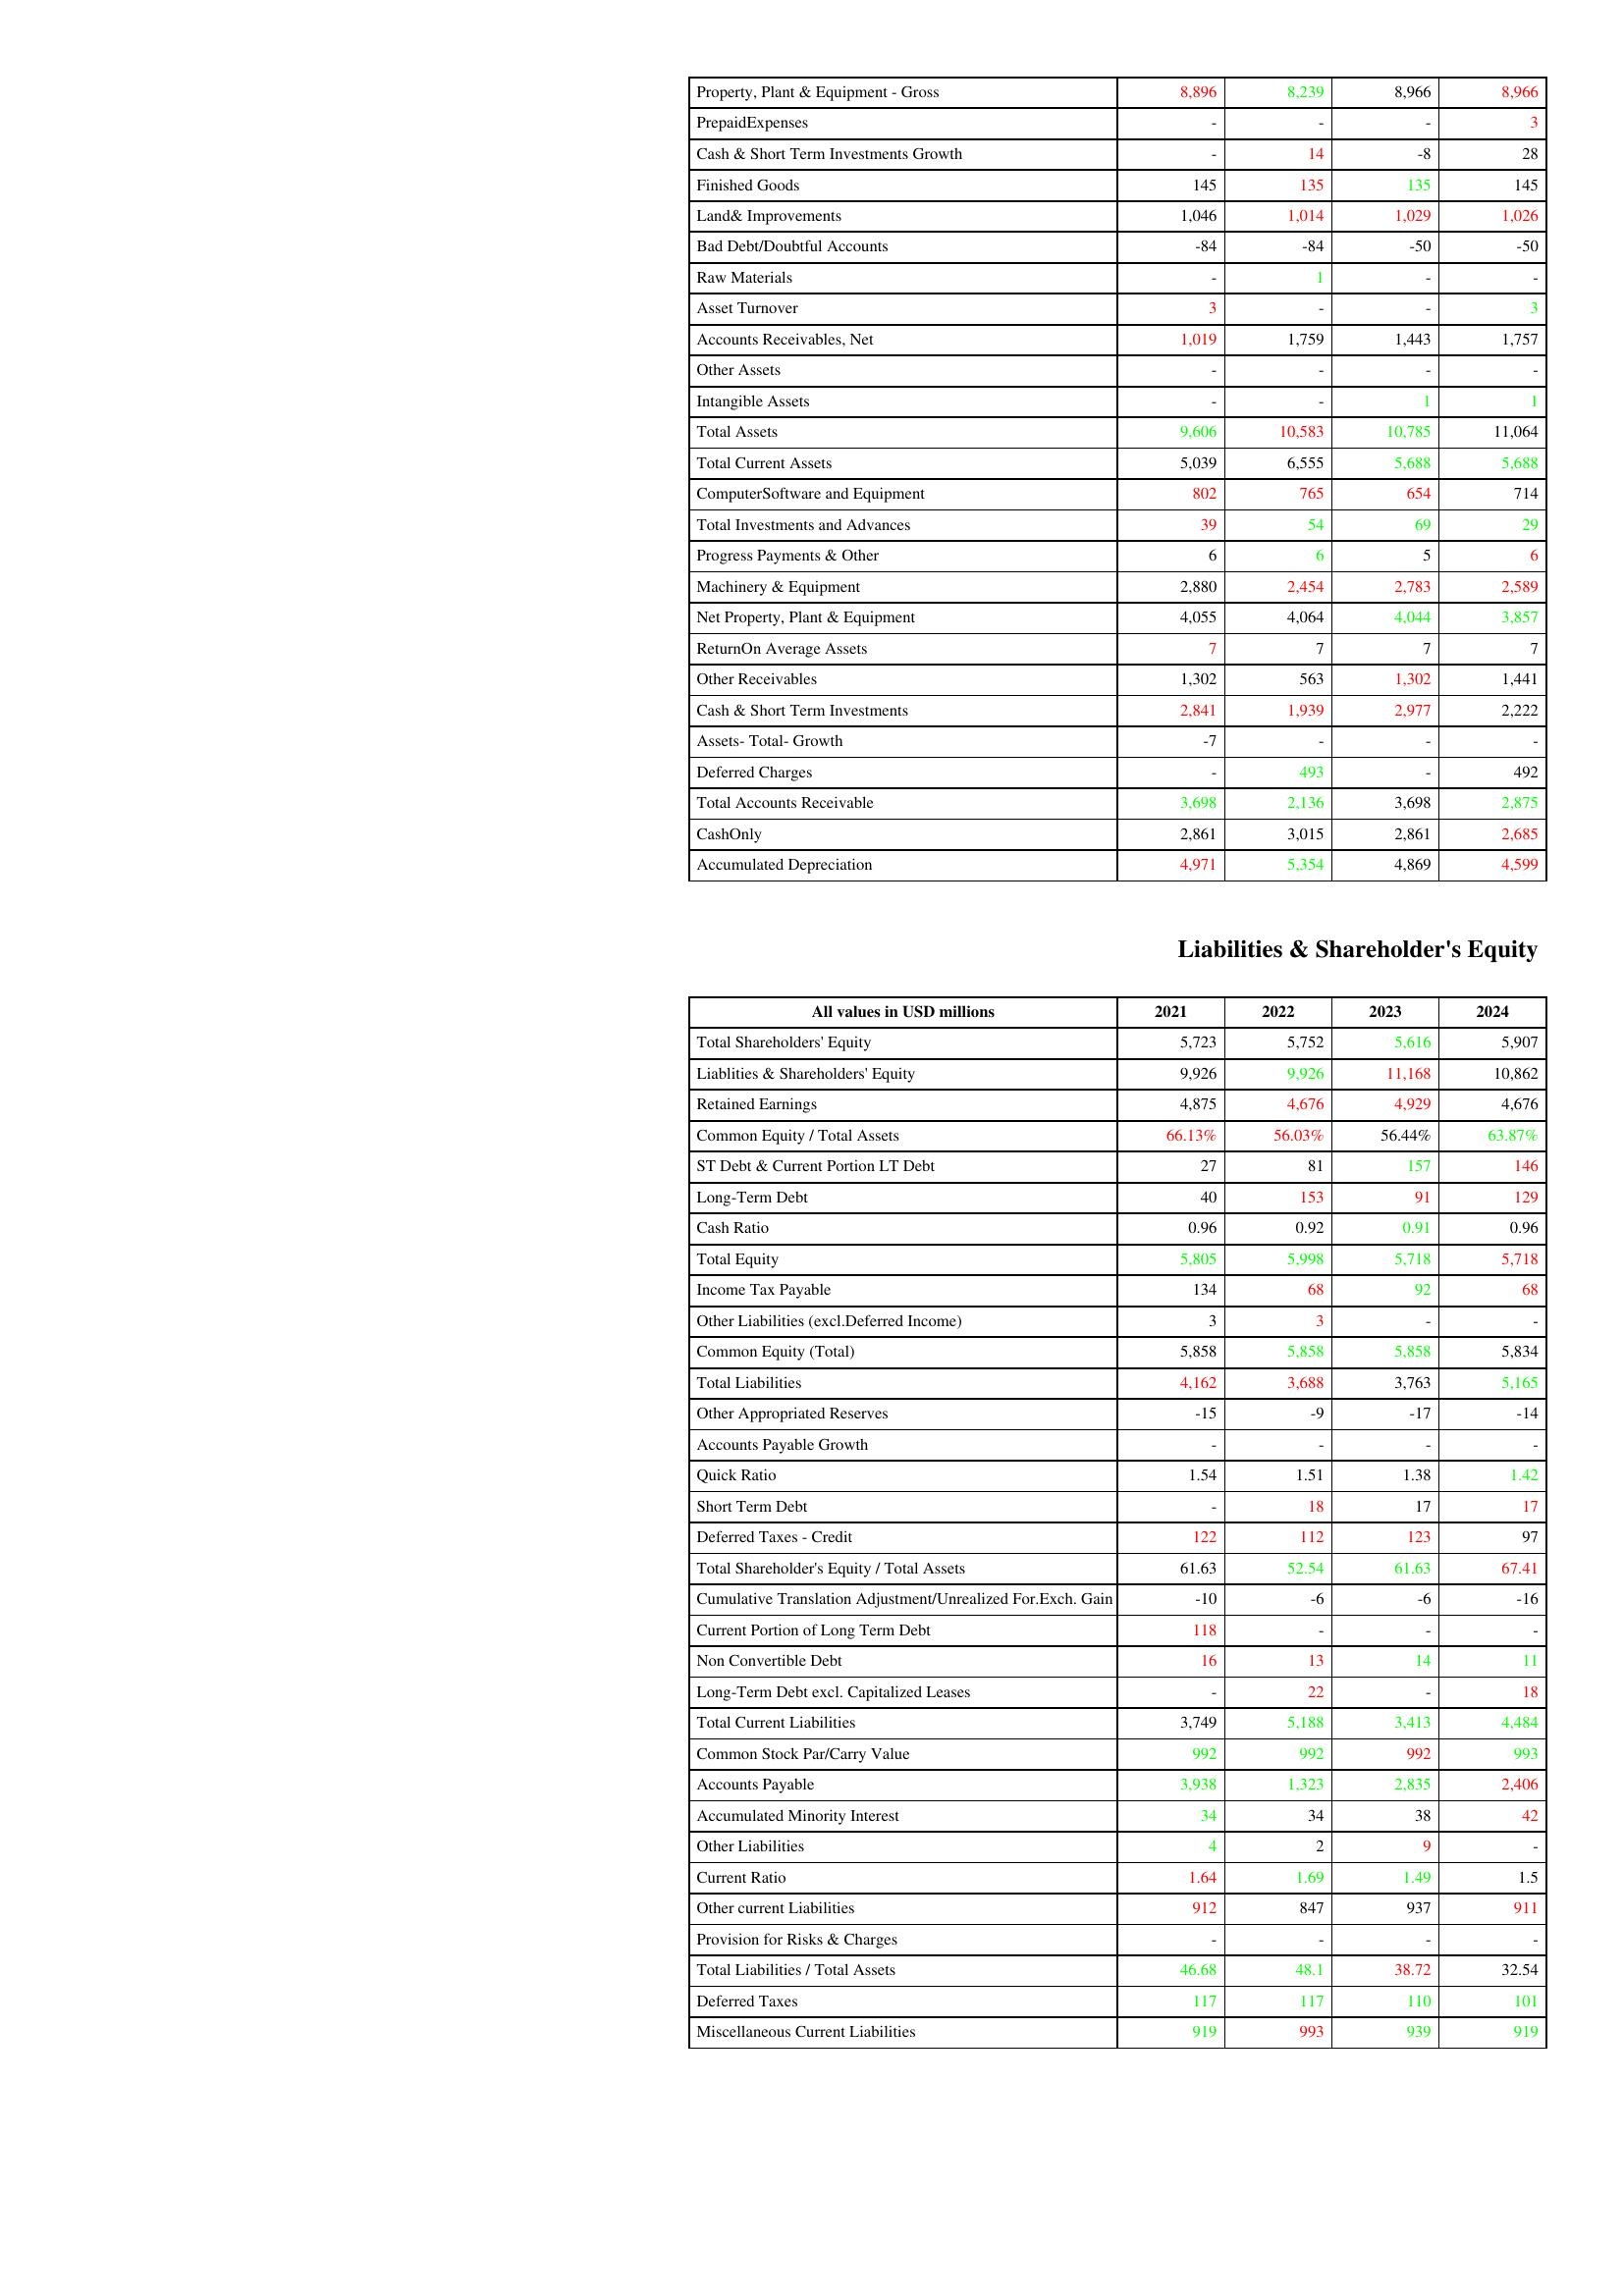
gt_parse: 2021: Assets: Property, Plant & Equipment - Gross : 8,896
PrepaidExpenses: -
Cash & Short Term Investments Growth: -
Finished Goods: 145
Land& Improvements: 1,046
Bad Debt/Doubtful Accounts: -84
Raw Materials: -
Asset Turnover: 3
Accounts Receivables, Net: 1,019
Other Assets: -
Intangible Assets: -
Total Assets: 9,606
Total Current Assets: 5,039
ComputerSoftware and Equipment: 802
Total Investments and Advances: 39
Progress Payments & Other: 6
Machinery & Equipment: 2,880
Net Property, Plant & Equipment: 4,055
ReturnOn Average Assets: 7
Other Receivables: 1,302
Cash & Short Term Investments: 2,841
Assets- Total- Growth: -7
Deferred Charges: -
Total Accounts Receivable: 3,698
CashOnly: 2,861
Accumulated Depreciation: 4,971
Liabilities & Shareholder's Equity: Total Shareholders' Equity: 5,723
Liablities & Shareholders' Equity: 9,926
Retained Earnings: 4,875
Common Equity / Total Assets: 66.13%
ST Debt & Current Portion LT Debt: 27
Long-Term Debt: 40
Cash Ratio: 0.96
Total Equity: 5,805
Income Tax Payable: 134
Other Liabilities (excl.Deferred Income): 3
Common Equity (Total): 5,858
Total Liabilities: 4,162
Other Appropriated Reserves: -15
Accounts Payable Growth: -
Quick Ratio: 1.54
Short Term Debt: -
Deferred Taxes - Credit: 122
Total Shareholder's Equity / Total Assets: 61.63
Cumulative Translation Adjustment/Unrealized For.Exch. Gain: -10
Current Portion of Long Term Debt: 118
Non Convertible Debt: 16
Long-Term Debt excl. Capitalized Leases: -
Total Current Liabilities: 3,749
Common Stock Par/Carry Value: 992
Accounts Payable: 3,938
Accumulated Minority Interest: 34
Other Liabilities: 4
Current Ratio: 1.64
Other current Liabilities: 912
Provision for Risks & Charges: -
Total Liabilities / Total Assets: 46.68
Deferred Taxes: 117
Miscellaneous Current Liabilities: 919
2022: Assets: Property, Plant & Equipment - Gross : 8,239
PrepaidExpenses: -
Cash & Short Term Investments Growth: 14
Finished Goods: 135
Land& Improvements: 1,014
Bad Debt/Doubtful Accounts: -84
Raw Materials: 1
Asset Turnover: -
Accounts Receivables, Net: 1,759
Other Assets: -
Intangible Assets: -
Total Assets: 10,583
Total Current Assets: 6,555
ComputerSoftware and Equipment: 765
Total Investments and Advances: 54
Progress Payments & Other: 6
Machinery & Equipment: 2,454
Net Property, Plant & Equipment: 4,064
ReturnOn Average Assets: 7
Other Receivables: 563
Cash & Short Term Investments: 1,939
Assets- Total- Growth: -
Deferred Charges: 493
Total Accounts Receivable: 2,136
CashOnly: 3,015
Accumulated Depreciation: 5,354
Liabilities & Shareholder's Equity: Total Shareholders' Equity: 5,752
Liablities & Shareholders' Equity: 9,926
Retained Earnings: 4,676
Common Equity / Total Assets: 56.03%
ST Debt & Current Portion LT Debt: 81
Long-Term Debt: 153
Cash Ratio: 0.92
Total Equity: 5,998
Income Tax Payable: 68
Other Liabilities (excl.Deferred Income): 3
Common Equity (Total): 5,858
Total Liabilities: 3,688
Other Appropriated Reserves: -9
Accounts Payable Growth: -
Quick Ratio: 1.51
Short Term Debt: 18
Deferred Taxes - Credit: 112
Total Shareholder's Equity / Total Assets: 52.54
Cumulative Translation Adjustment/Unrealized For.Exch. Gain: -6
Current Portion of Long Term Debt: -
Non Convertible Debt: 13
Long-Term Debt excl. Capitalized Leases: 22
Total Current Liabilities: 5,188
Common Stock Par/Carry Value: 992
Accounts Payable: 1,323
Accumulated Minority Interest: 34
Other Liabilities: 2
Current Ratio: 1.69
Other current Liabilities: 847
Provision for Risks & Charges: -
Total Liabilities / Total Assets: 48.1
Deferred Taxes: 117
Miscellaneous Current Liabilities: 993
2023: Assets: Property, Plant & Equipment - Gross : 8,966
PrepaidExpenses: -
Cash & Short Term Investments Growth: -8
Finished Goods: 135
Land& Improvements: 1,029
Bad Debt/Doubtful Accounts: -50
Raw Materials: -
Asset Turnover: -
Accounts Receivables, Net: 1,443
Other Assets: -
Intangible Assets: 1
Total Assets: 10,785
Total Current Assets: 5,688
ComputerSoftware and Equipment: 654
Total Investments and Advances: 69
Progress Payments & Other: 5
Machinery & Equipment: 2,783
Net Property, Plant & Equipment: 4,044
ReturnOn Average Assets: 7
Other Receivables: 1,302
Cash & Short Term Investments: 2,977
Assets- Total- Growth: -
Deferred Charges: -
Total Accounts Receivable: 3,698
CashOnly: 2,861
Accumulated Depreciation: 4,869
Liabilities & Shareholder's Equity: Total Shareholders' Equity: 5,616
Liablities & Shareholders' Equity: 11,168
Retained Earnings: 4,929
Common Equity / Total Assets: 56.44%
ST Debt & Current Portion LT Debt: 157
Long-Term Debt: 91
Cash Ratio: 0.91
Total Equity: 5,718
Income Tax Payable: 92
Other Liabilities (excl.Deferred Income): -
Common Equity (Total): 5,858
Total Liabilities: 3,763
Other Appropriated Reserves: -17
Accounts Payable Growth: -
Quick Ratio: 1.38
Short Term Debt: 17
Deferred Taxes - Credit: 123
Total Shareholder's Equity / Total Assets: 61.63
Cumulative Translation Adjustment/Unrealized For.Exch. Gain: -6
Current Portion of Long Term Debt: -
Non Convertible Debt: 14
Long-Term Debt excl. Capitalized Leases: -
Total Current Liabilities: 3,413
Common Stock Par/Carry Value: 992
Accounts Payable: 2,835
Accumulated Minority Interest: 38
Other Liabilities: 9
Current Ratio: 1.49
Other current Liabilities: 937
Provision for Risks & Charges: -
Total Liabilities / Total Assets: 38.72
Deferred Taxes: 110
Miscellaneous Current Liabilities: 939
2024: Assets: Property, Plant & Equipment - Gross : 8,966
PrepaidExpenses: 3
Cash & Short Term Investments Growth: 28
Finished Goods: 145
Land& Improvements: 1,026
Bad Debt/Doubtful Accounts: -50
Raw Materials: -
Asset Turnover: 3
Accounts Receivables, Net: 1,757
Other Assets: -
Intangible Assets: 1
Total Assets: 11,064
Total Current Assets: 5,688
ComputerSoftware and Equipment: 714
Total Investments and Advances: 29
Progress Payments & Other: 6
Machinery & Equipment: 2,589
Net Property, Plant & Equipment: 3,857
ReturnOn Average Assets: 7
Other Receivables: 1,441
Cash & Short Term Investments: 2,222
Assets- Total- Growth: -
Deferred Charges: 492
Total Accounts Receivable: 2,875
CashOnly: 2,685
Accumulated Depreciation: 4,599
Liabilities & Shareholder's Equity: Total Shareholders' Equity: 5,907
Liablities & Shareholders' Equity: 10,862
Retained Earnings: 4,676
Common Equity / Total Assets: 63.87%
ST Debt & Current Portion LT Debt: 146
Long-Term Debt: 129
Cash Ratio: 0.96
Total Equity: 5,718
Income Tax Payable: 68
Other Liabilities (excl.Deferred Income): -
Common Equity (Total): 5,834
Total Liabilities: 5,165
Other Appropriated Reserves: -14
Accounts Payable Growth: -
Quick Ratio: 1.42
Short Term Debt: 17
Deferred Taxes - Credit: 97
Total Shareholder's Equity / Total Assets: 67.41
Cumulative Translation Adjustment/Unrealized For.Exch. Gain: -16
Current Portion of Long Term Debt: -
Non Convertible Debt: 11
Long-Term Debt excl. Capitalized Leases: 18
Total Current Liabilities: 4,484
Common Stock Par/Carry Value: 993
Accounts Payable: 2,406
Accumulated Minority Interest: 42
Other Liabilities: -
Current Ratio: 1.5
Other current Liabilities: 911
Provision for Risks & Charges: -
Total Liabilities / Total Assets: 32.54
Deferred Taxes: 101
Miscellaneous Current Liabilities: 919